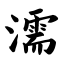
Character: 濡